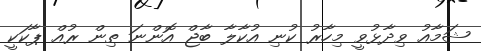
ޝަމާއު ވިދާޅުވީ މިހާރު ކުނި އުކާލާ ބާޖް އޮންނަ ތިން ރުއް ޕާކަކީ